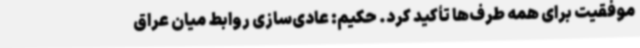
موفقیت برای همه طرف‌ها تأکید کرد. حکیم: عادی‌سازی روابط میان عراق